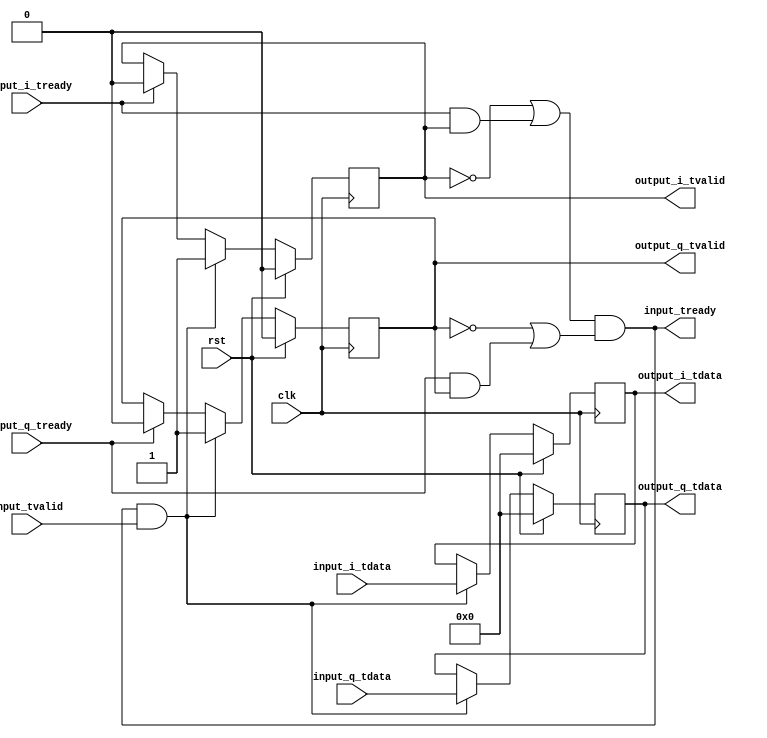
module iq_split #
(
    parameter WIDTH = 16
)
(
    input  wire              clk,
    input  wire              rst,

    /*
     * AXI stream input
     */
    input  wire [WIDTH-1:0]  input_i_tdata,
    input  wire [WIDTH-1:0]  input_q_tdata,
    input  wire              input_tvalid,
    output wire              input_tready,

    /*
     * AXI stream outputs
     */
    output wire [WIDTH-1:0]  output_i_tdata,
    output wire              output_i_tvalid,
    input  wire              output_i_tready,

    output wire [WIDTH-1:0]  output_q_tdata,
    output wire              output_q_tvalid,
    input  wire              output_q_tready
);

reg [WIDTH-1:0] i_data_reg = 0;
reg [WIDTH-1:0] q_data_reg = 0;

reg i_valid_reg = 0;
reg q_valid_reg = 0;

assign input_tready = (~i_valid_reg | (output_i_tready & output_i_tvalid)) & (~q_valid_reg | (output_q_tready & output_q_tvalid));

assign output_i_tdata = i_data_reg;
assign output_i_tvalid = i_valid_reg;

assign output_q_tdata = q_data_reg;
assign output_q_tvalid = q_valid_reg;

always @(posedge clk) begin
    if (rst) begin
        i_data_reg <= 0;
        q_data_reg <= 0;
        i_valid_reg <= 0;
        q_valid_reg <= 0;
    end else begin
        if (input_tready & input_tvalid) begin
            i_data_reg <= input_i_tdata;
            q_data_reg <= input_q_tdata;
            i_valid_reg <= 1;
            q_valid_reg <= 1;
        end else begin
            if (output_i_tready) begin
                i_valid_reg <= 0;
            end
            if (output_q_tready) begin
                q_valid_reg <= 0;
            end
        end
    end
end

endmodule